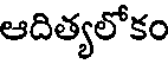
ఆదిత్యలోకం